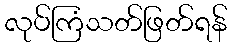
လုပ်ကြံသတ်ဖြတ်ရန်